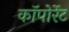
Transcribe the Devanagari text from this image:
कॉपोर्रेट